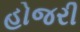
હોજરી